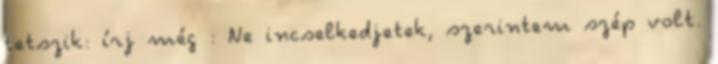
tetszik: írj még : Ne incselkedjetek, szerintem szép volt.